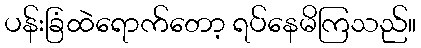
ပန်းခြံထဲရောက်တော့ ရပ်နေမိကြသည်။